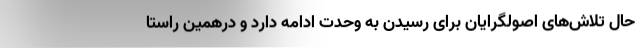
حال تلاش‌های اصولگرایان برای رسیدن به وحدت ادامه دارد و درهمین راستا